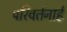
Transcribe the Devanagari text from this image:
परिवर्तनार्ह